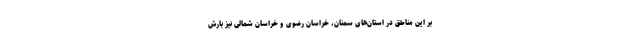
بر این مناطق در استان‌های سمنان، خراسان رضوی و خراسان شمالی نیز بارش